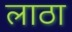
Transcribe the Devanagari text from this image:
लाठा